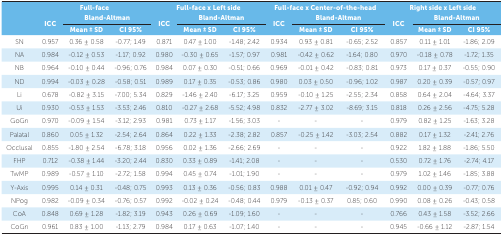
<table><thead><tr><td></td><td colspan="3"><b> Full-face</b></td><td colspan="3"><b> Full-face x Left side</b></td><td colspan="3"><b> Full-face x Center-of-the-head</b></td><td colspan="3"><b> Right side x Left side</b></td></tr><tr><td></td><td rowspan="2"><b> ICC</b></td><td colspan="2"><b> Bland-Altman</b></td><td rowspan="2"><b> ICC</b></td><td colspan="2"><b> Bland-Altman</b></td><td rowspan="2"><b> ICC</b></td><td colspan="2"><b> Bland-Altman</b></td><td rowspan="2"><b> ICC</b></td><td colspan="2"><b> Bland-Altman</b></td></tr><tr><td></td><td><b> Mean ± SD</b></td><td><b> CI 95%</b></td><td><b> Mean ± SD</b></td><td><b> CI 95%</b></td><td><b> Mean ± SD</b></td><td><b> CI 95%</b></td><td><b> Mean ± SD</b></td><td><b> CI 95%</b></td></tr></thead><tbody><tr><td> SN</td><td> 0.957</td><td> 0.36 ± 0.58</td><td> -0.77; 1.49</td><td> 0.871</td><td> 0.47 ± 1.00</td><td> -1.48; 2.42</td><td> 0.934</td><td> 0.93 ± 0.81</td><td> -0.65; 2.52</td><td> 0.857</td><td> 0.11 ± 1.01</td><td> -1.86; 2.09</td></tr><tr><td> NA</td><td> 0.984</td><td> -0.12 ± 0.53</td><td> -1.17; 0.92</td><td> 0.980</td><td> -0.30 ± 0.65</td><td> -1.57; 0.97</td><td> 0.981</td><td> -0.42 ± 0.62</td><td> -1.64; 0.80</td><td> 0.970</td><td> -0.18 ± 0.78</td><td> -1.72; 1.35</td></tr><tr><td> NB</td><td> 0.964</td><td> -0.10 ± 0.44</td><td> -0.96; 0.76</td><td> 0.984</td><td> 0.07 ± 0.30</td><td> -0.51; 0.66</td><td> 0.969</td><td> -0.01 ± 0.42</td><td> -0.83; 0.81</td><td> 0.973</td><td> 0.17 ± 0.37</td><td> -0.55; 0.90</td></tr><tr><td> ND</td><td> 0.994</td><td> -0.03 ± 0.28</td><td> -0.58; 0.51</td><td> 0.989</td><td> 0.17 ± 0.35</td><td> -0.53; 0.86</td><td> 0.980</td><td> 0.03 ± 0.50</td><td> -0.96; 1.02</td><td> 0.987</td><td> 0.20 ± 0.39</td><td> -0.57; 0.97</td></tr><tr><td> Li</td><td> 0.678</td><td> -0.82 ± 3.15</td><td> -7.00; 5.34</td><td> 0.829</td><td> -1.46 ± 2.40</td><td> -6.17; 3.25</td><td> 0.959</td><td> -0.10 ± 1.25</td><td> -2.55; 2.34</td><td> 0.858</td><td> 0.64 ± 2.04</td><td> -4.64; 3.37</td></tr><tr><td> Ui</td><td> 0.930</td><td> -0.53 ± 1.53</td><td> -3.53; 2.46</td><td> 0.810</td><td> -0.27 ± 2.68</td><td> -5.52; 4.98</td><td> 0.832</td><td> -2.77 ± 3.02</td><td> -8.69; 3.15</td><td> 0.818</td><td> 0.26 ± 2.56</td><td> -4.75; 5.28</td></tr><tr><td> GoGn</td><td> 0.970</td><td> -0.09 ± 1.54</td><td> -3.12; 2.93</td><td> 0.981</td><td> 0.73 ± 1.17</td><td> -1.56; 3.03</td><td> -</td><td> -</td><td> -</td><td> 0.979</td><td> 0.82 ± 1.25</td><td> -1.63; 3.28</td></tr><tr><td> Palatal</td><td> 0.860</td><td> 0.05 ± 1.32</td><td> -2.54; 2.64</td><td> 0.864</td><td> 0.22 ± 1.33</td><td> -2.38; 2.82</td><td> 0.857</td><td> -0.25 ± 1.42</td><td> -3.03; 2.54</td><td> 0.882</td><td> 0.17 ± 1.32</td><td> -2.41; 2.76</td></tr><tr><td> Occlusal</td><td> 0.855</td><td> -1.80 ± 2.54</td><td> -6.78; 3.18</td><td> 0.956</td><td> 0.02 ± 1.36</td><td> -2.66; 2.69</td><td> -</td><td> -</td><td> -</td><td> 0.922</td><td> 1.82 ± 1.88</td><td> -1.86; 5.50</td></tr><tr><td> FHP</td><td> 0.712</td><td> -0.38 ± 1.44</td><td> -3.20; 2.44</td><td> 0.830</td><td> 0.33 ± 0.89</td><td> -1.41; 2.08</td><td> -</td><td> -</td><td> -</td><td> 0.530</td><td> 0.72 ± 1.76</td><td> -2.74; 4.17</td></tr><tr><td> TwMP</td><td> 0.989</td><td> -0.57 ± 1.10</td><td> -2.72; 1.58</td><td> 0.994</td><td> 0.45 ± 0.74</td><td> -1.01; 1.90</td><td> -</td><td> -</td><td> -</td><td> 0.979</td><td> 1.02 ± 1.46</td><td> -1.85; 3.88</td></tr><tr><td> Y-Axis</td><td> 0.995</td><td> 0.14 ± 0.31</td><td> -0.48; 0.75</td><td> 0.993</td><td> 0.13 ± 0.36</td><td> -0.56; 0.83</td><td> 0.988</td><td> 0.01 ± 0.47</td><td> -0.92; 0.94</td><td> 0.992</td><td> 0.00 ± 0.39</td><td> -0.77; 0.76</td></tr><tr><td> NPog</td><td> 0.982</td><td> -0.09 ± 0.34</td><td> -0.76; 0.57</td><td> 0.992</td><td> -0.02 ± 0.24</td><td> -0.48; 0.44</td><td> 0.979</td><td> -0.13 ± 0.37</td><td> 0.85; 0.60</td><td> 0.990</td><td> 0.08 ± 0.26</td><td> -0.43; 0.58</td></tr><tr><td> CoA</td><td> 0.848</td><td> 0.69 ± 1.28</td><td> -1.82; 3.19</td><td> 0.943</td><td> 0.26 ± 0.69</td><td> -1.09; 1.60</td><td> -</td><td> -</td><td> -</td><td> 0.766</td><td> 0.43 ± 1.58</td><td> -3.52; 2.66</td></tr><tr><td> CoGn</td><td> 0.961</td><td> 0.83 ± 1.00</td><td> -1.13; 2.79</td><td> 0.984</td><td> 0.17 ± 0.63</td><td> -1.07; 1.40</td><td> -</td><td> -</td><td> -</td><td> 0.945</td><td> -0.66 ± 1.12</td><td> -2.87; 1.54</td></tr></tbody></table>